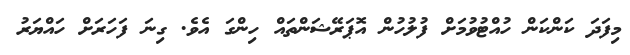
މިފަދަ ކަންކަން ހުއްޓުވުމަށް ފުލުހުން އޮޕަރޭޝަންތައް ހިންގަ އެވެ. ގިނަ ފަހަރަށް ހައްޔަރު